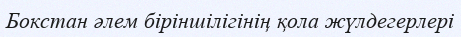
Бокстан әлем біріншілігінің қола жүлдегерлері